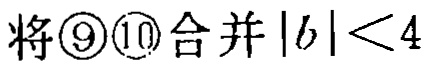
将\textcircled{9}\textcircled{10}合并\(|b|<4